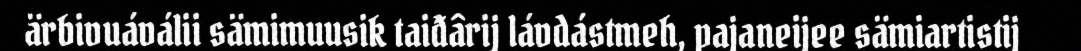
ärbivuáválii sämimuusik taiđârij lávdástmeh, pajaneijee sämiartistij